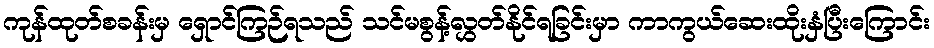
ကုန်ထုတ်စခန်းမှ ရှောင်ကြဉ်ရသည် သင်မစွန့်လွှတ်နိုင်ရခြင်းမှာ ကာကွယ်ဆေးထိုးနှံပြီးကြောင်း